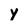
Character: Y